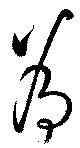
為